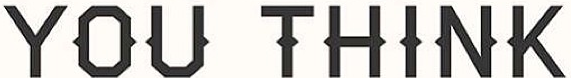
YOU THINK